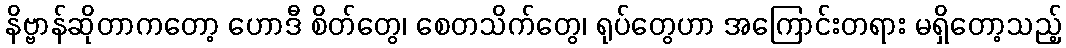
နိဗ္ဗာန်ဆိုတာကတော့ ဟောဒီ စိတ်တွေ၊ စေတသိက်တွေ၊ ရုပ်တွေဟာ အကြောင်းတရား မရှိတော့သည့်